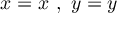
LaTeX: x = x \ , \ y = y